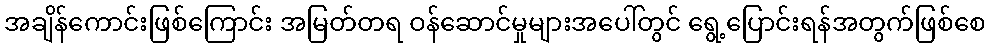
အချိန်ကောင်းဖြစ်ကြောင်း အမြတ်တရ ဝန်ဆောင်မှုများအပေါ်တွင် ရွေ့ပြောင်းရန်အတွက်ဖြစ်စေ